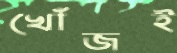
খোঁজই